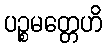
ပဉ္စမတ္တေဟိ